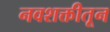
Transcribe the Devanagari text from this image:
नवशक्तीतून